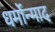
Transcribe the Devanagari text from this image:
धर्मोन्माद